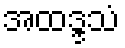
အထဒ္ဒသံ